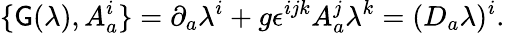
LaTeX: \{ \mathsf{G}(\lambda),A_{a}^{i}\} =\partial_{a}\lambda^{i}+g\epsilon^{ijk}A_{a}^{j}\lambda^{k}=(D_{a}\lambda)^{i}.